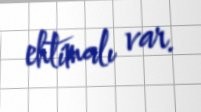
ehtimalı var.